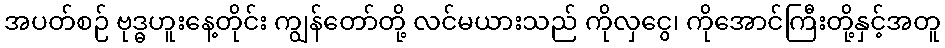
အပတ်စဉ် ဗုဒ္ဓဟူးနေ့တိုင်း ကျွန်တော်တို့ လင်မယားသည် ကိုလှငွေ၊ ကိုအောင်ကြီးတို့နှင့်အတူ